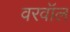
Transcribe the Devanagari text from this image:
वरवॉल